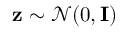
\mathbf { z } \sim \mathcal { N } ( 0 , \mathbf { I } )